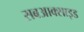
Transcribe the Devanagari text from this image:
सबआक्साइड